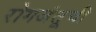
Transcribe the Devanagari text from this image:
रोगजंतूची